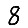
Digit: 8